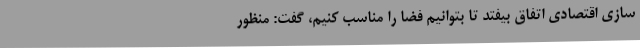
سازی اقتصادی اتفاق بیفتد تا بتوانیم فضا را مناسب کنیم، گفت: منظور